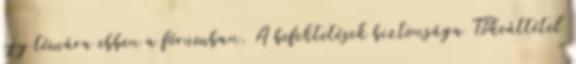
egy témára ebben a fórumban. A befektetések biztonsága Tőkeáttétel